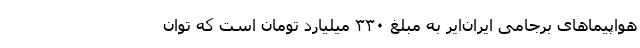
هواپیماهای برجامی ایران‌ایر به مبلغ ۳۳۰ میلیارد تومان است که توان